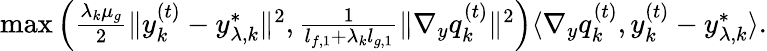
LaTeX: \begin{array}{r}{\operatorname*{max}\left(\frac{\lambda_{k}\mu_{g}}{2}\| y_{k}^{(t)}-y_{\lambda,k}^{*}\| ^{2},\frac{1}{l_{f,1}+\lambda_{k}l_{g,1}}\| \nabla_{y}q_{k}^{(t)}\| ^{2}\right)\le\langle\nabla_{y}q_{k}^{(t)},y_{k}^{(t)}-y_{\lambda,k}^{*}\rangle.}\end{array}